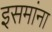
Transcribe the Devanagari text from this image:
इसमांना